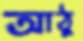
আঠু